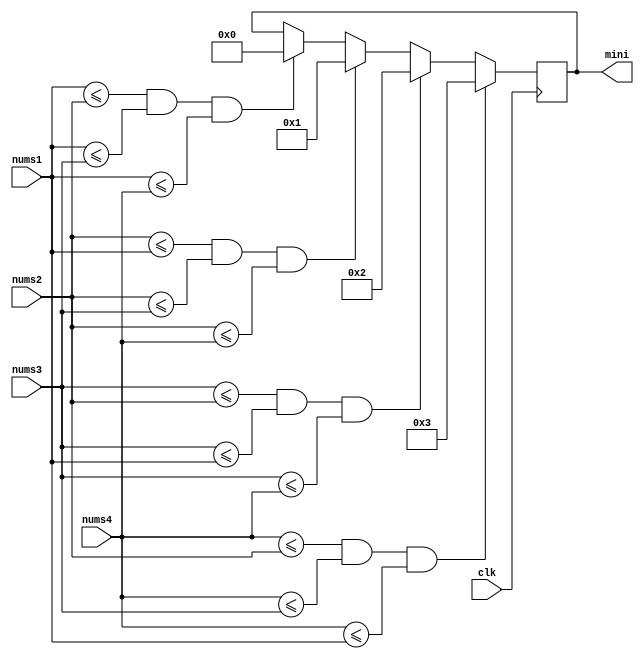
`timescale 1ns / 1ps
//////////////////////////////////////////////////////////////////////////////////
// Company: 
// Engineer: 
// 
// Design Name: 
// Module Name:    get_mini 
// Project Name: 
// Target Devices: 
// Tool versions: 
// Description: 
//
// Dependencies: 
//
// Revision: 
// Revision 0.01 - File Created
// Additional Comments: 
//
//////////////////////////////////////////////////////////////////////////////////
module get_mini(clk,nums1,nums2,nums3,nums4,mini
    );
	 input clk;
	 input [2:0] nums1,nums2,nums3,nums4;
	 output [3:0] mini;
	 reg[3:0] mini=0;
	 
	 always@(posedge clk)	begin
		if(nums1<=nums2 && nums1<=nums3 && nums1<=nums4)	mini<=0;
		if(nums2<=nums1 && nums2<=nums3 && nums2<=nums4)	mini<=4'b01;
		if(nums3<=nums2 && nums3<=nums1 && nums3<=nums4)	mini<=4'b10;
		if(nums4<=nums2 && nums4<=nums3 && nums4<=nums1)	mini<=4'b11;
		
	 end

endmodule